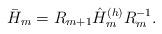
LaTeX: \begin{align*}\bar{H}_m = R_{m+1}\hat{H}^{(h)}_m R^{-1}_m.\end{align*}